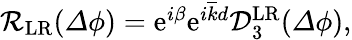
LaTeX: \begin{array}{r}{\mathcal{R}_{\mathrm{LR}}({\mathit\Delta\phi})=\mathrm{e}^{i\beta}\mathrm{e}^{i\overline{{k}}d}\mathcal{D}_{3}^{\mathrm{LR}}({\mathit\Delta\phi}),}\end{array}